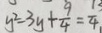
y ^ { 2 } - 3 y + \frac { 9 } { 4 } = \frac { 1 3 } { 4 }